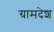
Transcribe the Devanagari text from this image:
ग्रामदेश